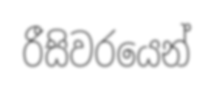
රීසිවරයෙන්